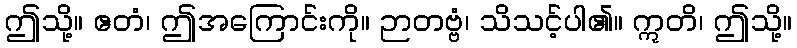
ဤသို့။ ဧတံ၊ ဤအကြောင်းကို။ ဉာတဗ္ဗံ၊ သိသင့်ပါ၏။ ဣတိ၊ ဤသို့။